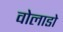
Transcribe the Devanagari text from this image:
वोलाडो